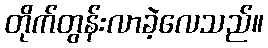
တိုက်တွန်းလာခဲ့လေသည်။